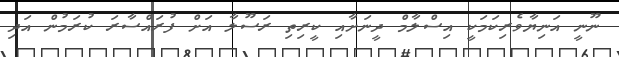
ނޫނީ އަނިޔާވެރިކަމަކީ އިސްލާމް ދީނަށާއި ކީރިތި ރަސޫލާ އަށް ފުރައްސާރަ ކުރަމުން އަދި